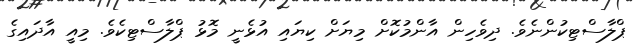
ޕްލާސްޓިކުންނެވެ. ދިވެހިން އާންމުކޮށް މިޔަށް ކިޔައި އުޅެނީ މޮޅު ޕްލާސްޓިކެވެ. މިއީ އާދައިގެ